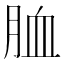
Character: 𦚡